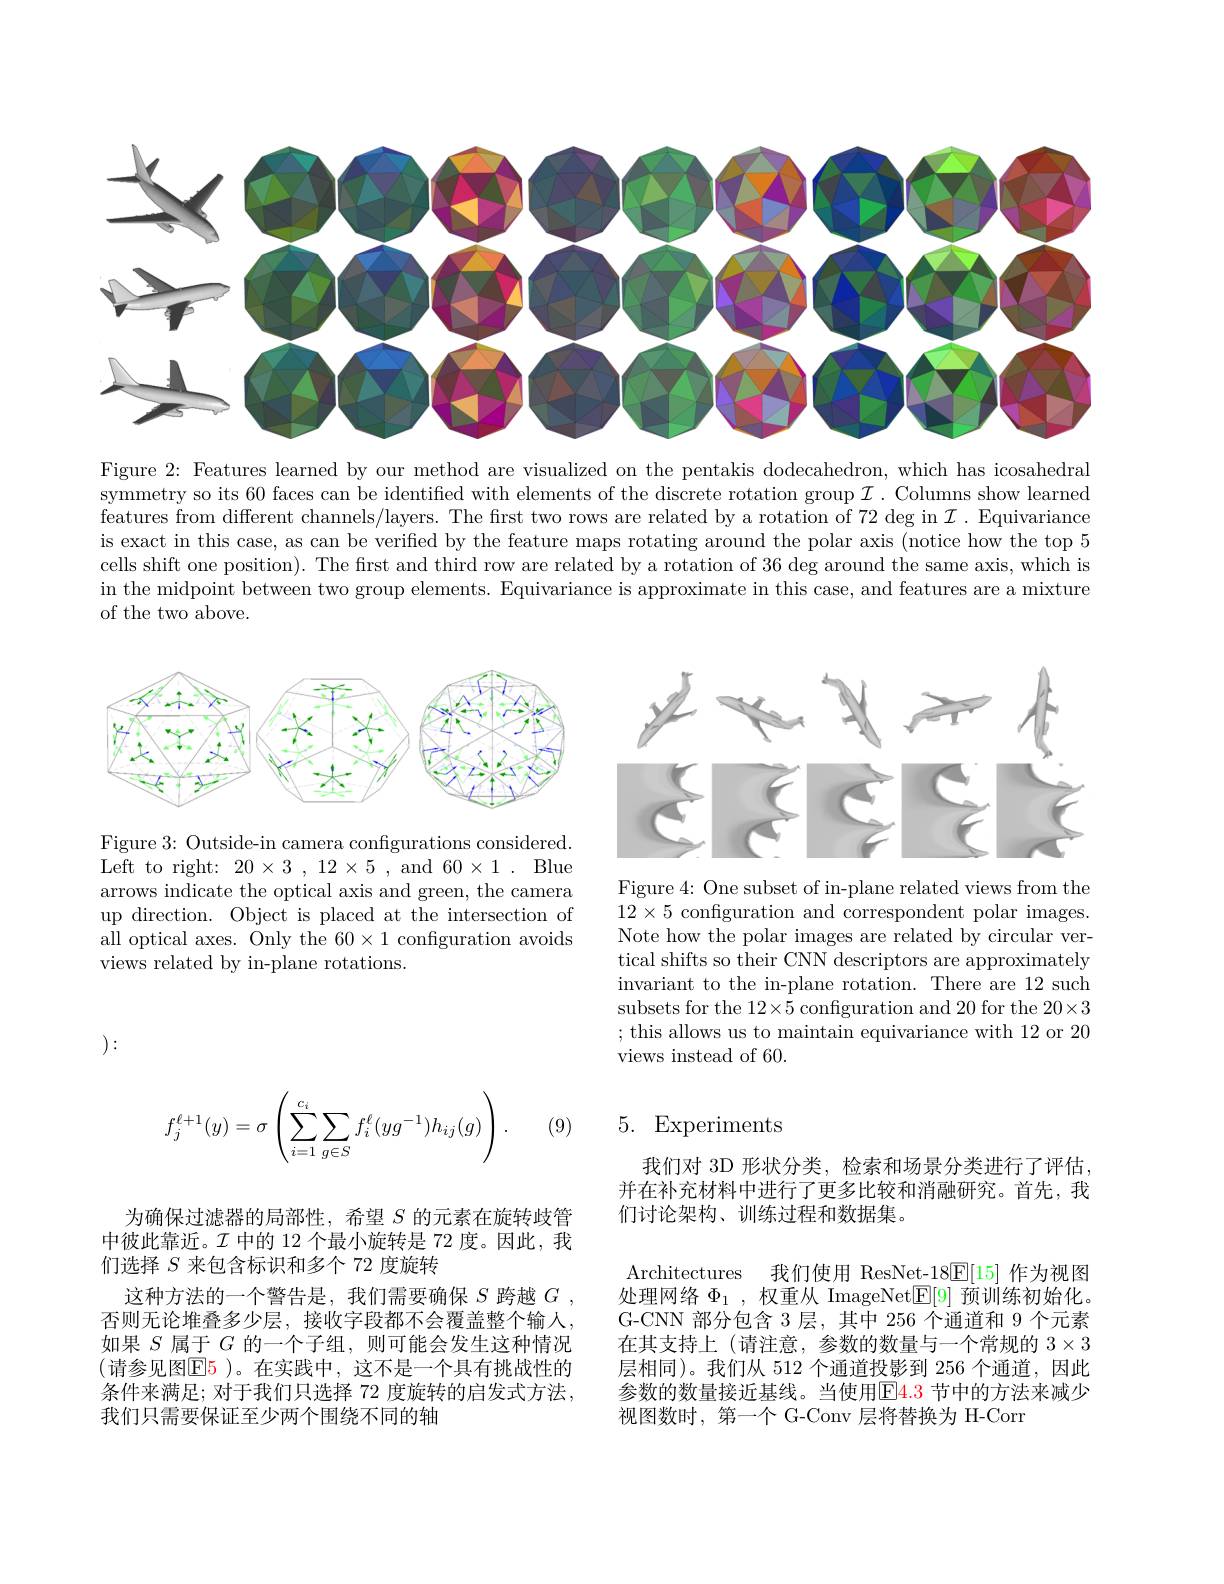
<FigureHere>

Figure 2: Features learned by our method are visualized on the pentakis dodecahedron, which has icosahedral symmetry so its 60 faces can be identified with elements of the discrete rotation group $\mathcal{I}.$ Columns show learned features from different channels/layers. The first two rows are related by a rotation of 72 deg in $\mathcal{I}.$ Equivariance is exact in this case, as can be verified by the feature maps rotating around the polar axis (notice how the top 5 cells shift one position). The first and third row are related by a rotation of 36 deg around the same axis, which is in the midpoint between two group elements. Equivariance is approximate in this case, and features are a mixture of the two above.

<FigureHere>

<FigureHere>

Figure 3: Outside-in camera configurations considered. Left to right: $20\times3,12\times5$, and $60\times1.$ Blue arrows indicate the optical axis and green, the camera up direction. Object is placed at the intersection of all optical axes. Only the $60\times1$ confguration avoids views related by in-plane rotations.

Figure 4: One subset of in-plane related views from the $12\times5$ configuration and correspondent polar images. Note how the polar images are related by circular vertical shifts so their CNN descriptors are approximately invariant to the in-plane rotation. There are 12 such subsets for the 12×5 configuration and 20 for the 20×3 ; this allows us to maintain equivariance with 12 or 20 views instead of 60.

):
$$f_j^{\ell+1}(y)=\sigma\left(\sum_{i=1}^{c_i}\sum_{g\in S}f_i^\ell(yg^{-1})h_{ij}(g)\right).$$
## 5. Experiments

(9)

我们对 3D 形状分类，检索和场景分类进行了评估， 并在补充材料中进行了更多比较和消融研究。首先，我们讨论架构、训练过程和数据集。

Architectures 我们使用 ResNet-18$\underline{\mathrm{E}}[15]$作为视图处理网络$\Phi_1$ ,权重从 ImageNet$\boxed{\mathrm{E}}[9]$预训练初始化。G-CNN 部分包含 3 层，其中 256 个通道和 9 个元素在其支持上(请注意，参数的数量与一个常规的$3\times3$ 层相同)。我们从 512 个通道投影到 256 个通道，因此参数的数量接近基线。当使用$\color{red}{\mathrm{E}}\color{blue}{4.3}$节中的方法来减少视图数时，第一个 G-Conv 层将替换为 H-Corr

为确保过滤器的局部性，希望$S$的元素在旋转歧管中彼此靠近。$\mathcal{I}$中的 12 个最小旋转是 72 度。因此，我们选择$S$来包含标识和多个 72 度旋转
这种方法的一个警告是，我们需要确保$S$ 跨越 $G$ 否则无论堆叠多少层，接收字段都不会覆盖整个输人， 如果$S$属于$G$的一个子组，则可能会发生这种情况(请参见图$\boxed{\mathrm{E}}5)$。在实践中，这不是一个具有挑战性的条件来满足；对于我们只选择 72 度旋转的启发式方法， 我们只需要保证至少两个围绕不同的轴